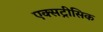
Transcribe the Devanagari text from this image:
एक्सट्रीसिक